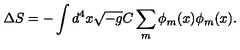
\Delta S = - \int d ^ { 4 } x \sqrt { - g } C \sum _ { m } \phi _ { m } ( x ) \phi _ { m } ( x ) .